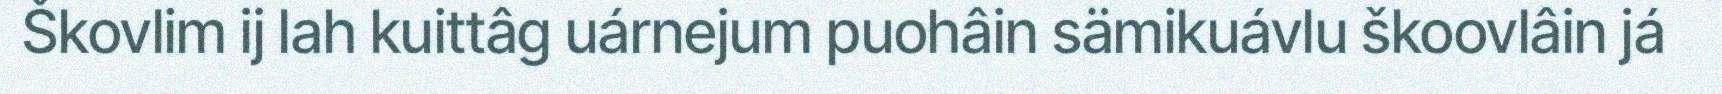
Škovlim ij lah kuittâg uárnejum puohâin sämikuávlu škoovlâin já